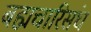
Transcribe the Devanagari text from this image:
बह्मचारिसंघं